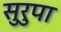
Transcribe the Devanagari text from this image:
सुरुपा